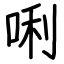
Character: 唎